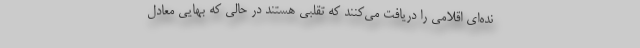
نده‌ای اقلامی را دریافت می‌کنند که تقلبی هستند در حالی که بهایی معادل